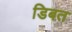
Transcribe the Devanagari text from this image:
डिबत